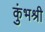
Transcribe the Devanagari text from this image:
कुंभश्री